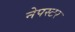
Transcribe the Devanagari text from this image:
नेपस्टर